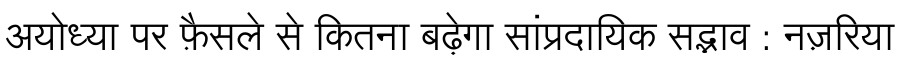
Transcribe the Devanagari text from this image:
अयोध्या पर फ़ैसले से कितना बढ़ेगा सांप्रदायिक सद्भाव : नज़रिया